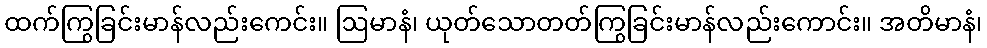
ထက်ကြွခြင်းမာန်လည်းကေင်း။ ဩမာနံ၊ ယုတ်သောတတ်ကြွခြင်းမာန်လည်းကောင်း။ အတိမာနံ၊